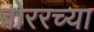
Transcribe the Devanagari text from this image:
बोररच्या